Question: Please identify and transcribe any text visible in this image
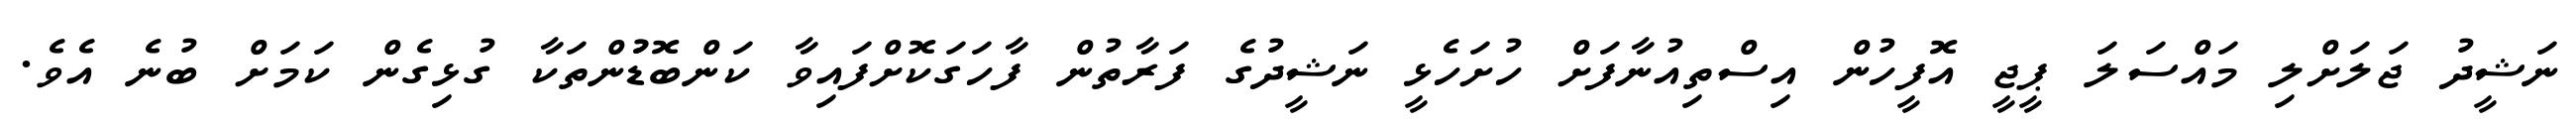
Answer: ނަޝީދު ޖަލަށްލި މައްސަލަ ޕީޖީ އޮފީހުން އިސްތިއުނާފަށް ހުށަހެޅީ ނަޝީދުގެ ފަރާތުން ފާހަގަކޮށްފައިވާ ކަންބޮޑުުންތަކާ ގުޅިގެން ކަމަށް ބުނެ އެވެ.